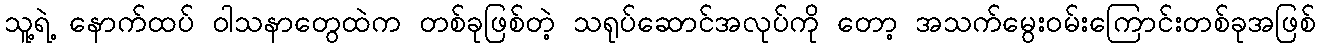
သူ့ရဲ့ နောက်ထပ် ဝါသနာတွေထဲက တစ်ခုဖြစ်တဲ့ သရုပ်ဆောင်အလုပ်ကို တော့ အသက်မွေးဝမ်းကြောင်းတစ်ခုအဖြစ်